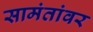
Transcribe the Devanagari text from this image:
सामंतांवर